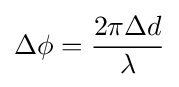
\Delta \phi ={\frac {2\pi \Delta d}{\lambda }}